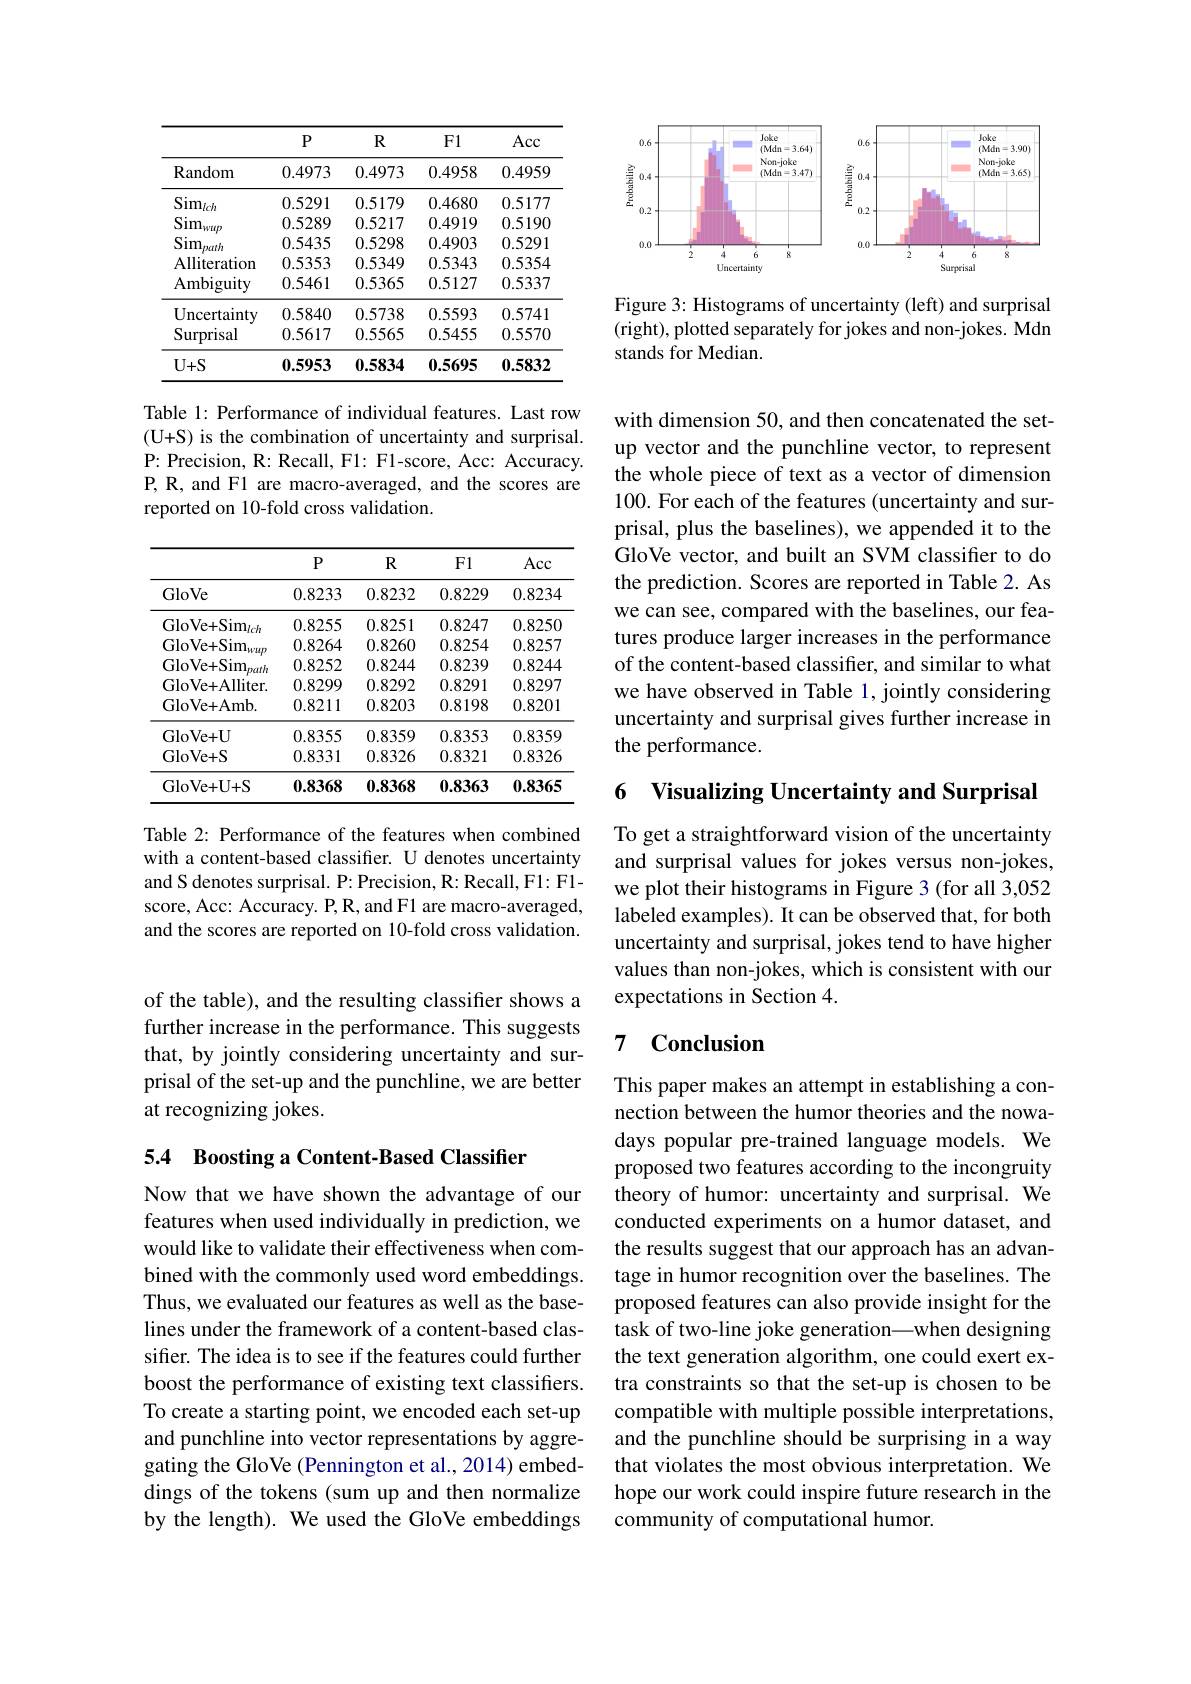
<table>
	<tbody>
		<tr>
			<th> </th>
			<th>$P$</th>
			<th>$R$</th>
			<th>F1</th>
			<th>Acc</th>
		</tr>
		<tr>
			<td>Random</td>
			<td>0.4973</td>
			<td>0.4973</td>
			<td>0.4958</td>
			<td>0.4959</td>
		</tr>
		<tr>
			<td>$\mathrm{Sim}_{lch}$</td>
			<td>0.5291</td>
			<td>0.5179</td>
			<td>0.4680</td>
			<td>0.5177</td>
		</tr>
		<tr>
			<td>$\mathrm{Sim}_{wup}$</td>
			<td>0.5289</td>
			<td>0.5217</td>
			<td>0.4919</td>
			<td>0.5190</td>
		</tr>
		<tr>
			<td>$\mathrm{Sim}_{path}$</td>
			<td>0.5435</td>
			<td>0.5298</td>
			<td>0.4903</td>
			<td>0.5291</td>
		</tr>
		<tr>
			<td>Alliteration</td>
			<td>0.5353</td>
			<td>0.5349</td>
			<td>0.5343</td>
			<td>0.5354</td>
		</tr>
		<tr>
			<td>Ambiguity</td>
			<td>0.5461</td>
			<td>0.5365</td>
			<td>0.5127</td>
			<td>0.5337</td>
		</tr>
		<tr>
			<td>Uncertainty</td>
			<td>0.5840</td>
			<td>0.5738</td>
			<td>0.5593</td>
			<td>0.5741</td>
		</tr>
		<tr>
			<td>Surprisal</td>
			<td>0.5617</td>
			<td>0.5565</td>
			<td>0.5455</td>
			<td>0.5570</td>
		</tr>
		<tr>
			<td>$U+S$</td>
			<td>0.5953</td>
			<td>0.5834</td>
			<td>0.5695</td>
			<td>0.5832</td>
		</tr>
	</tbody>
</table>

Table 1: Performance of individual features. Last row (U+S) is the combination of uncertainty and surprisal. P: Precision, R: Recall, F1: F1-score, Acc: Accuracy. P, R, and F1 are macro-averaged, and the scores are reported on 10-fold cross validation.

<table>
	<tbody>
		<tr>
			<th> </th>
			<th>$P$</th>
			<th>$R$</th>
			<th>F1</th>
			<th>Acc</th>
		</tr>
		<tr>
			<td>GloVe</td>
			<td>0.8233</td>
			<td>0.8232</td>
			<td>0.8229</td>
			<td>0.8234</td>
		</tr>
		<tr>
			<td>$\mathrm{GloVe+Sim}_{lch}$</td>
			<td>0.8255</td>
			<td>0.8251</td>
			<td>0.8247</td>
			<td>0.8250</td>
		</tr>
		<tr>
			<td>$\mathrm{GloVe+Sim}_{wup}$</td>
			<td>0.8264</td>
			<td>0.8260</td>
			<td>0.8254</td>
			<td>0.8257</td>
		</tr>
		<tr>
			<td>$\mathrm{GloVe+Sim}_{path}$</td>
			<td>0.8252</td>
			<td>0.8244</td>
			<td>0.8239</td>
			<td>0.8244</td>
		</tr>
		<tr>
			<td>GloVe+Alliter.</td>
			<td>0.8299</td>
			<td>0.8292</td>
			<td>0.8291</td>
			<td>0.8297</td>
		</tr>
		<tr>
			<td>GloVe+ Amb.</td>
			<td>0.8211</td>
			<td>0.8203</td>
			<td>0.8198</td>
			<td>0.8201</td>
		</tr>
		<tr>
			<td>GloVe+ U</td>
			<td>0.8355</td>
			<td>0.8359</td>
			<td>0.8353</td>
			<td>0.8359</td>
		</tr>
		<tr>
			<td>GloVe+S</td>
			<td>0.8331</td>
			<td>0.8326</td>
			<td>0.8321</td>
			<td>0.8326</td>
		</tr>
		<tr>
			<td>GloVe+ U+ S</td>
			<td>0.8368</td>
			<td>0.8368</td>
			<td>0.8363</td>
			<td>0.8365</td>
		</tr>
	</tbody>
</table>

Table 2: Performance of the features when combined with a content-based classifier. U denotes uncertainty and S denotes surprisal. P: Precision, R: Recall, F1: F1- score, Acc: Accuracy. P, R, and F1 are macro-averaged, and the scores are reported on 10-fold cross validation.

of the table), and the resulting classifier shows a further increase in the performance. This suggests that, by jointly considering uncertainty and surprisal of the set-up and the punchline, we are better at recognizing jokes.

5.4 Boosting a Content-Based Classifier

Now that we have shown the advantage of our features when used individually in prediction, we would like to validate their effectiveness when combined with the commonly used word embeddings. Thus, we evaluated our features as well as the baselines under the framework of a content-based classiffer. The idea is to see if the features could further boost the performance of existing text classifiers. To create a starting point, we encoded each set-up and punchline into vector representations by aggregating the GloVe (Pennington et al., 2014) embeddings of the tokens (sum up and then normalize by the length). We used the GloVe embeddings

<FigureHere>

Figure 3: Histograms of uncertainty (left) and surprisal (right), plotted separately for jokes and non-jokes. Mdn stands for Median.

with dimension 50, and then concatenated the setup vector and the punchline vector, to represent the whole piece of text as a vector of dimension 100. For each of the features (uncertainty and surprisal, plus the baselines), we appended it to the GloVe vector, and built an SVM classifier to do the prediction. Scores are reported in Table 2. As we can see, compared with the baselines, our features produce larger increases in the performance of the content-based classifier, and similar to what we have observed in Table 1, jointly considering uncertainty and surprisal gives further increase in the performance.

# 6 Visualizing Uncertainty and Surprisal

To get a straightforward vision of the uncertainty and surprisal values for jokes versus non-jokes, we plot their histograms in Figure 3 (for all 3,052 labeled examples). It can be observed that, for both uncertainty and surprisal, jokes tend to have higher values than non-jokes, which is consistent with our expectations in Section 4.

## 7 $\textbf{Conclusion}$

This paper makes an attempt in establishing a connection between the humor theories and the nowadays popular pre-trained language models. We proposed two features according to the incongruity theory of humor: uncertainty and surprisal. We conducted experiments on a humor dataset, and the results suggest that our approach has an advantage in humor recognition over the baselines. The proposed features can also provide insight for the task of two-line joke generation—when designing the text generation algorithm, one could exert extra constraints so that the set-up is chosen to be compatible with multiple possible interpretations, and the punchline should be surprising in a way that violates the most obvious interpretation. We hope our work could inspire future research in the community of computational humor.